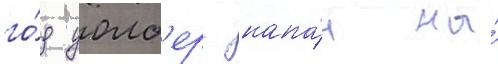
го́д уолб'ерг напа́л на́